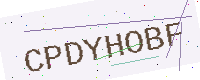
Text: CPDYHOBF